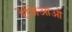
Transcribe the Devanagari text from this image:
रेजिआओ